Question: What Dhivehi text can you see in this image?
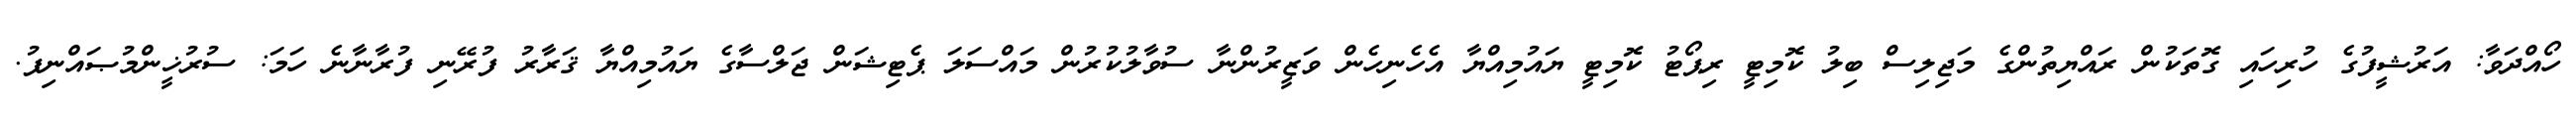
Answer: ހޯއްދަވާ: އަރުޝީފުގެ ހުރިހައި ގޮތަކުން ރައްޔިތުންގެ މަޖިލިސް ބިލު ކޮމިޓީ ރިޕޯޓު ކޮމިޓީ ޔައުމިއްޔާ އެހެނިހެން ވަޒީރުންނާ ސުވާލުކުރުން މައްސަލަ ޕެޓިޝަން ޖަލްސާގެ ޔައުމިއްޔާ ޤަރާރު ފުރޭނި ފުރާނާނެ ހަމަ: ސުރުޚީންމުޞައްނިފު.